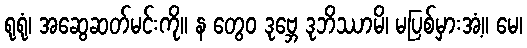
ရုရုံ၊ အဆွေဆတ်မင်းကို။ န တွေဝ ဒုဗ္ဘေ ဒုဘိဿာမိ၊ မပြစ်မှားအံ့။ မေ၊